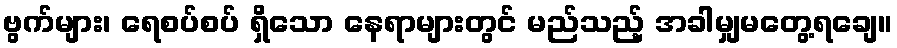
ဗွက်များ၊ ရေစပ်စပ် ရှိသော နေရာများတွင် မည်သည့် အခါမျှမတွေ့ရချေ။